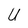
Character: U